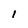
Character: I